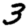
Digit: 3